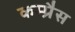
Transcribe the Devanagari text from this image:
कम्प्रैस